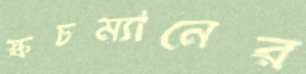
স্কচম্যানের